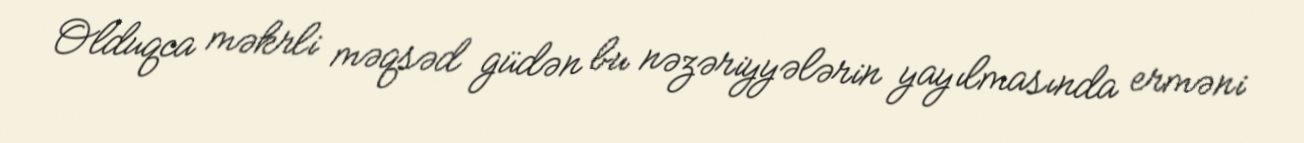
Olduqca məkrli məqsəd güdən bu nəzəriyyələrin yayılmasında erməni